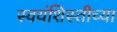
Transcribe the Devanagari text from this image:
स्वयंशिस्तीच्या